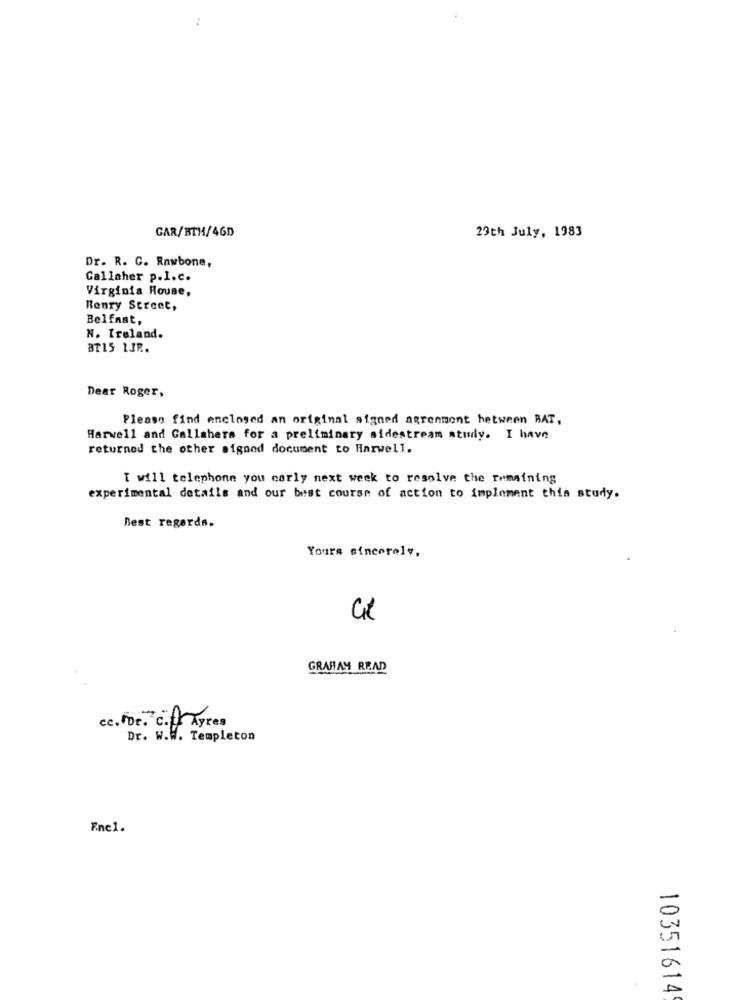
:
GAR/BTM/46D
29th July, 1983
Dr. R. C. Rawbone,
Gallaher p.I.c.
Virginia House,
Henry Street,
Belfast,
N. Ireland.
BT15 1JR.
Dear Roger,
Please find enclosed an original signed agrenment between BAT,
Harwell and Callshers for a preliminary sidestream study. I have
returned the other signed document to Harwell.
T will telephone you carly next week to resolve the remaining
experimental details and our best course of action to implement this study.
Best regards,
Yours sincerely,
GRAHAM READ
cc. For. c.f Ayres
Dr. W.W. Templeton
Enel.
10351614